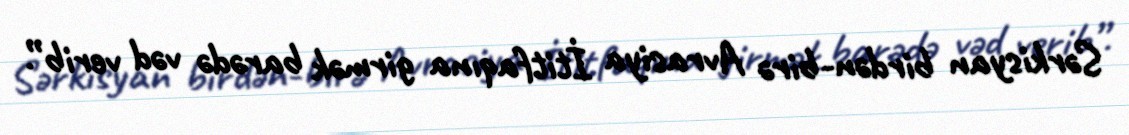
Sərkisyan birdən-birə Avrasiya İtitfaqına girmək barədə vəd verib”.